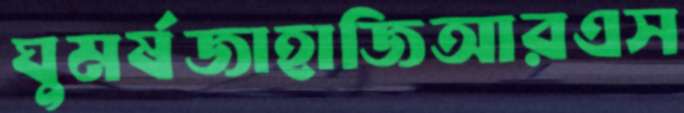
ঘুমর্ষজাহাজিআরএস